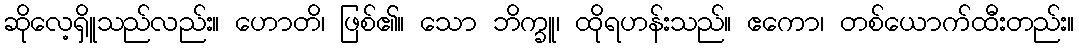
ဆိုလေ့ရှိူသည်လည်း။ ဟောတိ၊ ဖြစ်၏။ သော ဘိက္ခူ၊ ထိုရဟန်းသည်။ ဧကော၊ တစ်ယောက်ထီးတည်း။